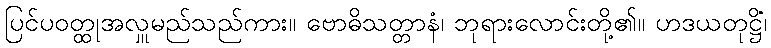
ပြင်ပဝတ္ထုအလှူမည်သည်ကား။ ဗောဓိသတ္တာနံ၊ ဘုရားလောင်းတို့၏။ ဟဒယတုဋ္ဌိံ၊